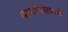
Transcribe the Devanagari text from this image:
बायोगॅसमध्ये